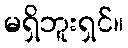
မရှိဘူးရှင်။